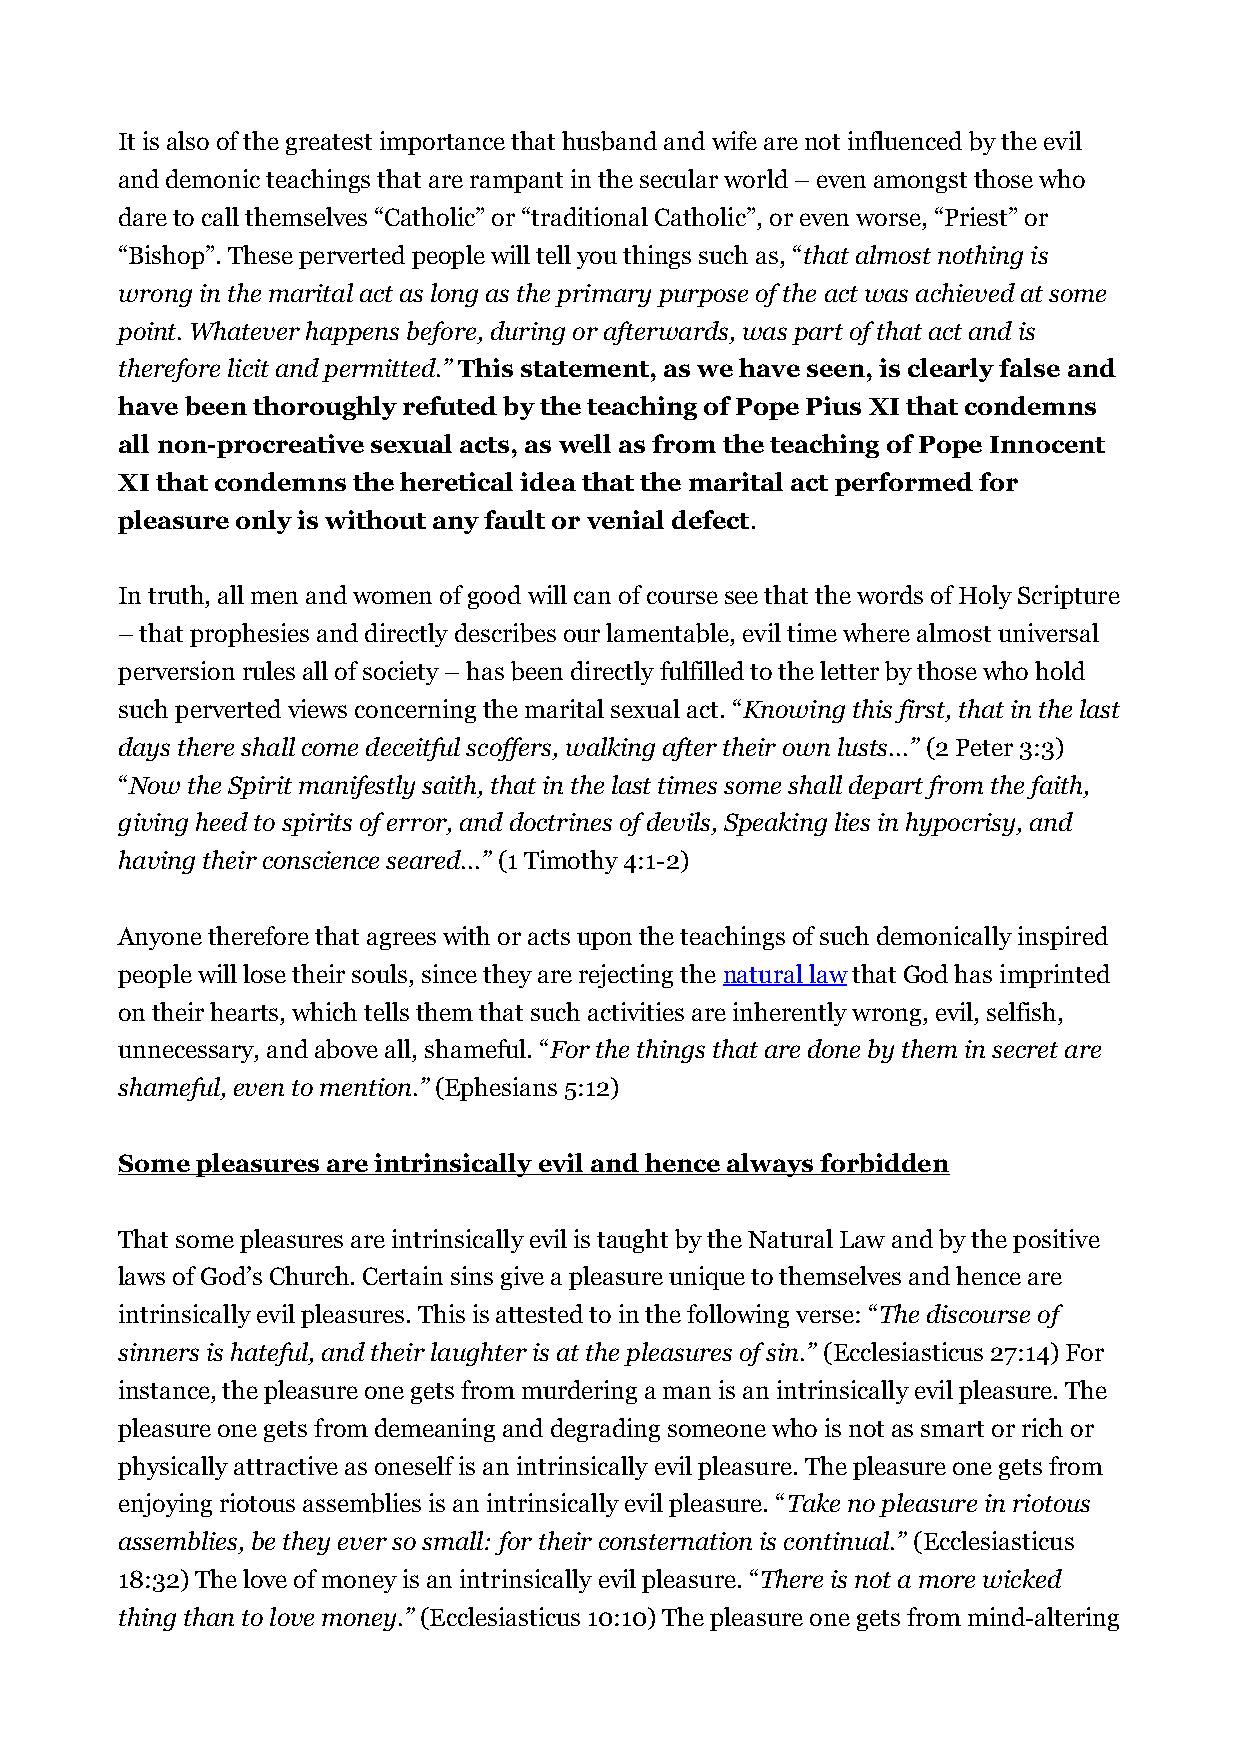
It is also of the greatest importance that husband and wife are not influenced by the evil
 and demonic teachings that are rampant in the secular world – even amongst those who
 dare to call themselves “Catholic” or “traditional Catholic”, or even worse, “Priest” or
 “Bishop”. These perverted people will tell you things such as, “that almost nothing is
 wrong in the marital act as long as the primary purpose of the act was achieved at some
 point. Whatever happens before, during or afterwards, was part of that act and is
 therefore licit and permitted.” This statement, as we have seen, is clearly false and
 have been thoroughly refuted by the teaching of Pope Pius XI that condemns
 all non-procreative sexual acts, as well as from the teaching of Pope Innocent
 XI that condemns the heretical idea that the marital act performed for
 pleasure only is without any fault or venial defect.
 In truth, all men and women of good will can of course see that the words of Holy Scripture
 – that prophesies and directly describes our lamentable, evil time where almost universal
 perversion rules all of society – has been directly fulfilled to the letter by those who hold
 such perverted views concerning the marital sexual act. “Knowing this first, that in the last
 days there shall come deceitful scoffers, walking after their own lusts...” (2 Peter 3:3)
 “Now the Spirit manifestly saith, that in the last times some shall depart from the faith,
 giving heed to spirits of error, and doctrines of devils, Speaking lies in hypocrisy, and
 having their conscience seared...” (1 Timothy 4:1-2)
 Anyone therefore that agrees with or acts upon the teachings of such demonically inspired
 people will lose their souls, since they are rejecting the natural law that God has imprinted
 on their hearts, which tells them that such activities are inherently wrong, evil, selfish,
 unnecessary, and above all, shameful. “For the things that are done by them in secret are
 shameful, even to mention.” (Ephesians 5:12)
 Some pleasures are intrinsically evil and hence always forbidden
 That some pleasures are intrinsically evil is taught by the Natural Law and by the positive
 laws of God’s Church. Certain sins give a pleasure unique to themselves and hence are
 intrinsically evil pleasures. This is attested to in the following verse: “The discourse of
 sinners is hateful, and their laughter is at the pleasures of sin.” (Ecclesiasticus 27:14) For
 instance, the pleasure one gets from murdering a man is an intrinsically evil pleasure. The
 pleasure one gets from demeaning and degrading someone who is not as smart or rich or
 physically attractive as oneself is an intrinsically evil pleasure. The pleasure one gets from
 enjoying riotous assemblies is an intrinsically evil pleasure. “Take no pleasure in riotous
 assemblies, be they ever so small: for their consternation is continual.” (Ecclesiasticus
 18:32) The love of money is an intrinsically evil pleasure. “There is not a more wicked
 thing than to love money.” (Ecclesiasticus 10:10) The pleasure one gets from mind-altering